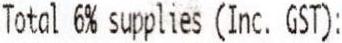
TOTAL 6% SUPPLIES (INC. GST):